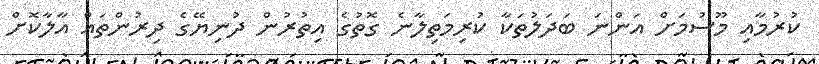
ކުރުމާއި މޫސުމަށް އަންނަ ބަދަލުތަކާ ކުރިމަތިލާނެ ގޮތުގެ އިތުރުން ދުނިޔޭގެ ދިރުންތައް އާލާކޮށް